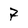
Character: 7